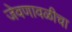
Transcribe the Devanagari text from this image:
जेवणावळीचा